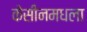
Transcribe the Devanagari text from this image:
केसीनमधला